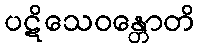
ပဋိသေဝန္တောတိ